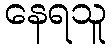
နေရသူ